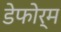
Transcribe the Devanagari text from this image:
डेफोर्म